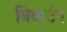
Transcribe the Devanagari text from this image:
बिव्हर्टन